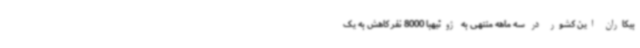
بیکاران این کشور در سه ماهه منتهی به ژوئیهبا 8000 نفر کاهش به یک